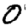
Digit: 0